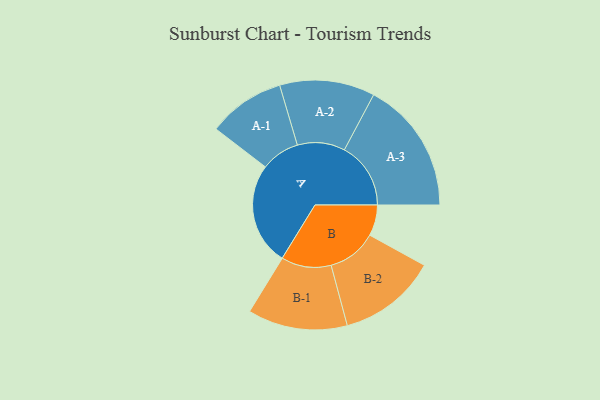
{"axis": {"x": "Segment", "y": "Value"}, "legend": ["", "A", "B"], "data": [{"x": "A", "y": 399, "type": ""}, {"x": "B", "y": 120, "type": ""}, {"x": "A-1", "y": 150, "type": "A"}, {"x": "A-2", "y": 185, "type": "A"}, {"x": "A-3", "y": 258, "type": "A"}, {"x": "B-1", "y": 194, "type": "B"}, {"x": "B-2", "y": 192, "type": "B"}]}